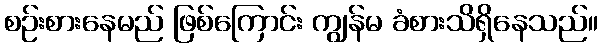
စဉ်းစားနေမည် ဖြစ်ကြောင်း ကျွန်မ ခံစားသိရှိနေသည်။